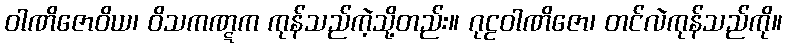
ဝါဏိဇောဝိယ၊ ဝိသကဏ္ဋက ကုန်သည်ကဲ့သို့တည်း။ ဂုဠဝါဏိဇော၊ တင်လဲကုန်သည်ကို။